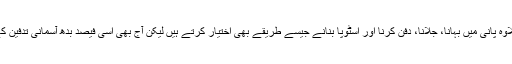
تبتی ویسے تو آسمانی تدفین کے علاوہ پانی میں بہانا، جلانا، دفن کرنا اور اسٹوپا بنانے جیسے طریقے بھی اختیار کرتے ہیں لیکن آج بھی اسی فیصد بدھ آسمانی تدفین کے طریقے کو ہی ترجیح دیتے ہیں۔